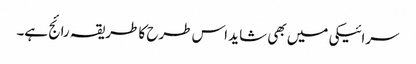
سرائیکی میں بھی شاید اس طرح کا طریقہ رائج ہے۔